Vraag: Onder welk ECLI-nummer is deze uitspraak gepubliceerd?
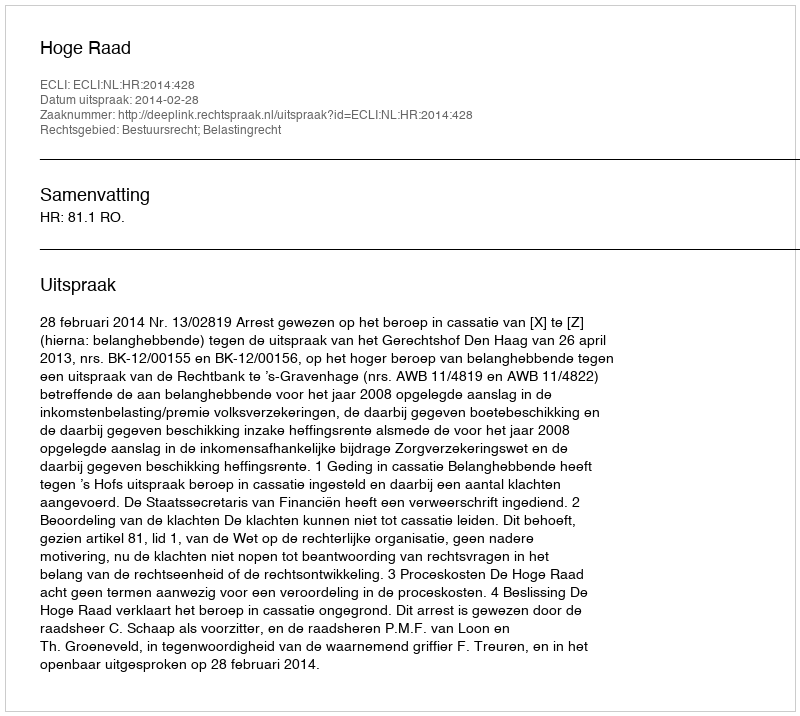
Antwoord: ECLI:NL:HR:2014:428